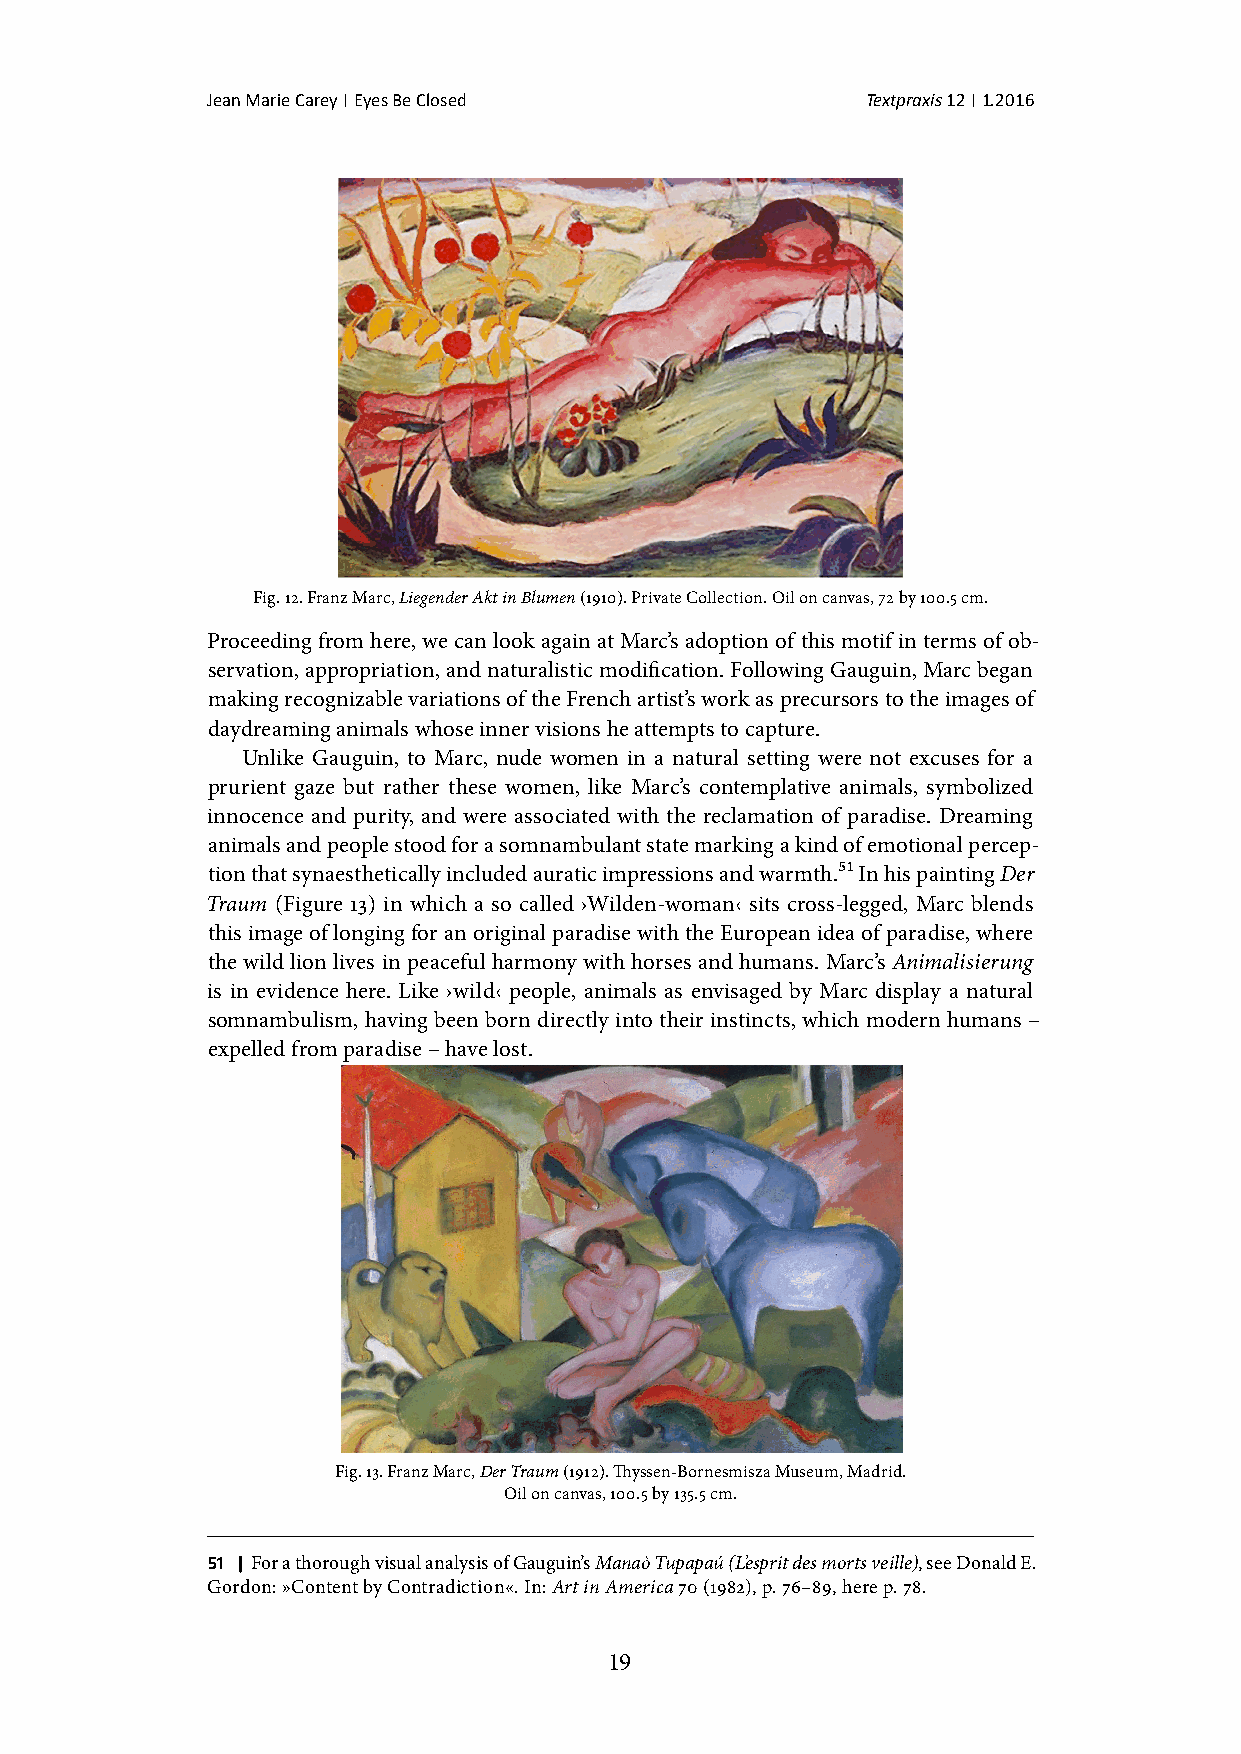
Jean Marie Carey | Eyes Be Closed          Textpraxis 12 | 1.2016
 Fig. 12. Franz Marc, Liegender Akt in Blumen (1910). Private Collection. Oil on canvas, 72 by 100.5 cm.
 Proceeding from here, we can look again at Marc’s adoption of this motif in terms of ob-
 servation, appropriation, and naturalistic modification. Following Gauguin, Marc began
 making recognizable variations of the French artist’s work as precursors to the images of
 daydreaming animals whose inner visions he attempts to capture.
 Unlike Gauguin, to Marc, nude women in a natural setting were not excuses for a
 prurient gaze but rather these women, like Marc’s contemplative animals, symbolized
 innocence and purity, and were associated with the reclamation of paradise. Dreaming
 animals and people stood for a somnambulant state marking a kind of emotional percep-
 tion that synaesthetically included auratic impressions and warmth.51 In his painting Der
 Traum (Figure 13) in which a so called ›Wilden-woman‹ sits cross-legged, Marc blends
 this image of longing for an original paradise with the European idea of paradise, where
 the wild lion lives in peaceful harmony with horses and humans. Marc’s Animalisierung
 is in evidence here. Like ›wild‹ people, animals as envisaged by Marc display a natural
 somnambulism, having been born directly into their instincts, which modern humans –
 expelled from paradise – have lost.
 Fig. 13. Franz Marc, Der Traum (1912). Thyssen-Bornesmisza Museum, Madrid.
 Oil on canvas, 100.5 by 135.5 cm.
 51 | For a thorough visual analysis of Gauguin’s Manaò Tupapaú (L’esprit des morts veille), see Donald E.
 Gordon: »Content by Contradiction«. In: Art in America 70 (1982), p. 76–89, here p. 78.
 19